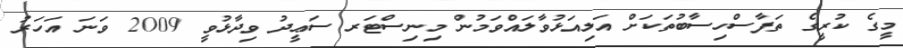
މީގެ ކުރީގެ ތަފާސްހިސާބުތަކަށް އަލިއަޅުވާލައްވަމުން މިނިސްޓަރ ސަޢީދު ވިދާޅުވީ 2009 ވަނަ އަހަރު